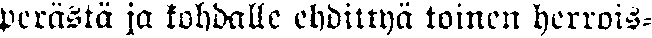
perästä ja kohdalle ehdittyä toinen herrois-